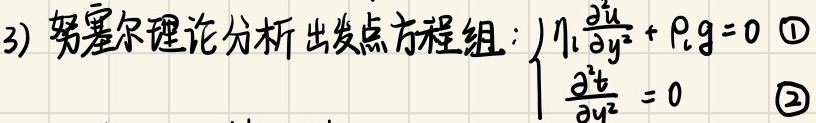
3) 努塞尔理论分析出发点方程组：$\begin{cases}
\eta_1\frac{\partial^2 u}{\partial y^2} + \rho_1g = 0 \quad\textcircled{1}\\
\frac{\partial^2 t}{\partial y^2} = 0 \quad\textcircled{2}
\end{cases}$